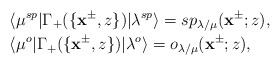
\begin{align*}&\langle \mu^{sp}|\Gamma_+(\{\mathbf{x}^{\pm},z\})|\lambda^{sp}\rangle=sp_{\lambda/\mu}(\mathbf{x}^{\pm};z),\\&\langle \mu^{o}|\Gamma_+(\{\mathbf{x}^{\pm},z\})|\lambda^{o}\rangle=o_{\lambda/\mu}(\mathbf{x}^{\pm};z),\end{align*}